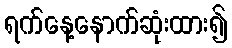
ရက်နေ့နောက်ဆုံးထား၍